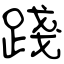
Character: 踐